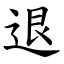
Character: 退